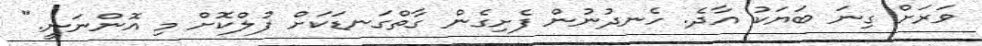
ވަރަށް ގިނަ ބަޔަކު އާދެ. ހެނދުނުން ފެށިގެން ގާތްގަނޑަކަށް ފުލްކޮށް މި އޮންނަނީ."